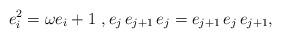
LaTeX: \begin{align*} e_i^2 = \omega e_i +1\ , e_j \,e_{j+1}\, e_j = e_{j+1}\, e_j\, e_{j+1},\end{align*}